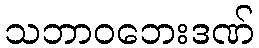
သဘာဝဘေးဒဏ်